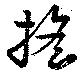
搖